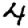
Digit: 4